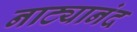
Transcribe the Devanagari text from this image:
नाट्यानंद